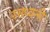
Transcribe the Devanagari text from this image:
रसध्वनी